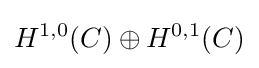
H^{1,0}(C)\oplus H^{0,1}(C)